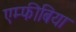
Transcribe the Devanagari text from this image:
एम्‍फीबिया